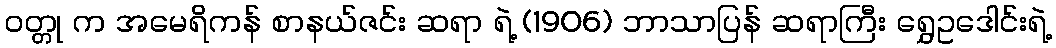
ဝတ္တု က အမေရိကန် စာနယ်ဇင်း ဆရာ ရဲ့ (1906) ဘာသာပြန် ဆရာကြီး ရွှေဥဒေါင်းရဲ့